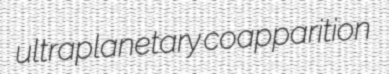
ultraplanetary coapparition